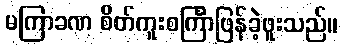
မကြာခဏ စိတ်ကူးစင်္ကြာဖြန်ခဲ့ဖူးသည်။